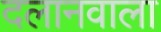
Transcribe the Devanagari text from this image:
दलानवाला